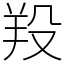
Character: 羖